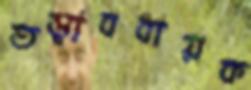
তত্ত্বাবধায়ক